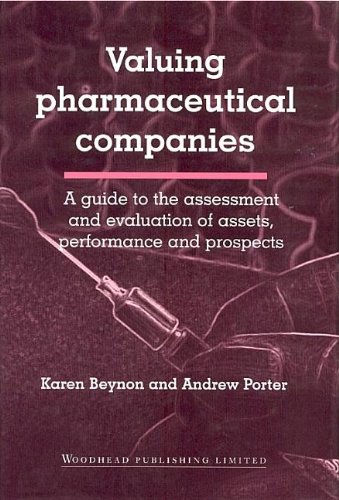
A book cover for Valuing Pharmaceutical Companies: A Guide to the Assessment and Evaluation of Assets, Performance and Prospects; Karen Beynon; Business & Money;